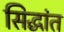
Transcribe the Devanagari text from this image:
सिद्धांत